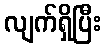
လျက်ရှိပြီး